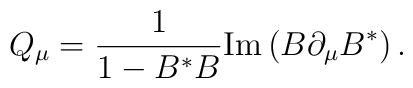
Q_\mu = {1 \over {1 - B^* B}}   \mbox{Im} \left( B \partial_\mu B^* \right).